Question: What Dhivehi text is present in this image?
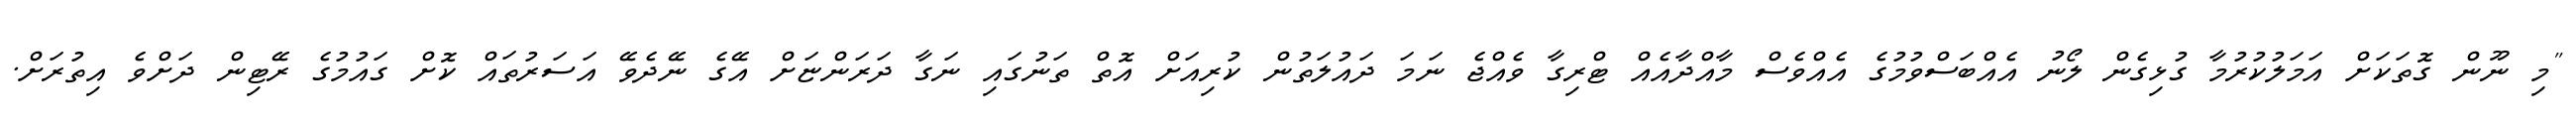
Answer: "މި ނޫން ގޮތަކަށް އަމަލުކުރުމާ ގުޅިގެން ލޯނު އެއްބަސްވުމުގެ އެއްވެސް މާއްދާއެއް ޓްރިގާ ވެއްޖެ ނަމަ ދައުލަތުން ކުރިއަށް އޮތް ތަނުގައި ނަގާ ދަރަންޏަށް އޭގެ ނޭދެވޭ އަސަރުތައް ކޮށް ގައުމުގެ ރޭޓިން ދަށްވެ އިތުރަށް.